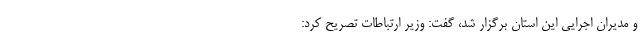
و مدیران اجرایی این استان برگزار شد، گفت: وزیر ارتباطات تصریح کرد: